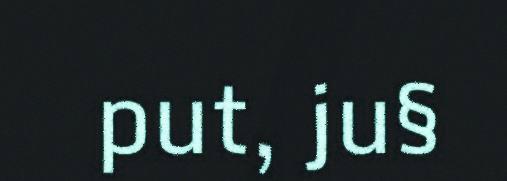
put, ju§